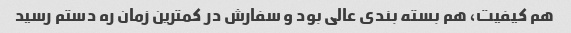
هم کیفیت، هم بسته بندی عالی بود و سفارش در کمترین زمان ره دستم رسید